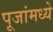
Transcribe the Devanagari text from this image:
पूजांमध्ये